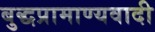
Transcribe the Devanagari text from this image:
बुद्धप्रामाण्यवादी